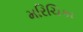
મરિચિકા